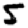
Digit: 5